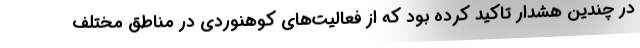
در چندین هشدار تاکید کرده بود که از فعالیت‌های کوهنوردی در مناطق مختلف